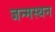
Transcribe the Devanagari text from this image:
जन्मस्थन